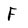
Character: F